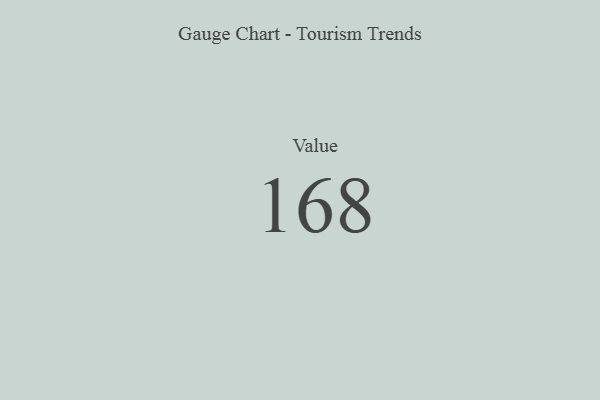
{"axis": {"x": "Metric", "y": "Value"}, "legend": [""], "data": [{"x": "Value", "y": 168, "type": ""}]}